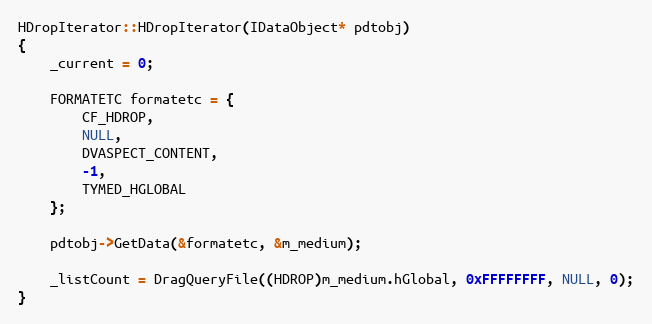
Language: C++
HDropIterator::HDropIterator(IDataObject* pdtobj)
{
    _current = 0;

    FORMATETC formatetc = {
        CF_HDROP,
        NULL,
        DVASPECT_CONTENT,
        -1,
        TYMED_HGLOBAL
    };

    pdtobj->GetData(&formatetc, &m_medium);

    _listCount = DragQueryFile((HDROP)m_medium.hGlobal, 0xFFFFFFFF, NULL, 0);
}